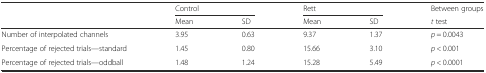
|  | <COLSPAN=2> Control | <COLSPAN=2> Rett | Between groups |
 |  | Mean | SD | Mean | SD | t test |
 | --- | --- | --- | --- | --- | --- |
 | Number of interpolated channels | 3.95 | 0.63 | 9.37 | 1.37 | p = 0.0043 |
 | Percentage of rejected trials—standard | 1.45 | 0.80 | 15.66 | 3.10 | p < 0.001 |
 | Percentage of rejected trials—oddball | 1.48 | 1.24 | 15.28 | 5.49 | p < 0.0001 |